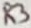
Text: R3